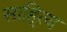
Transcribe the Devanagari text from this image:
साहि्त्य